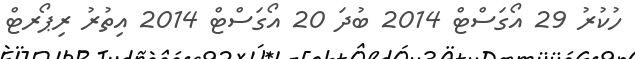
ހުކުރު 29 އޯގަސްޓް 2014 ބުދަ 20 އޯގަސްޓް 2014 އިތުރު ރިޕޯރޓް